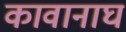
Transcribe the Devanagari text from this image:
कावानाघ